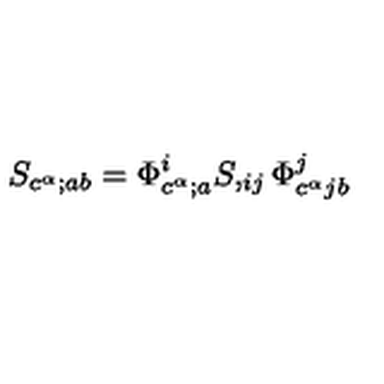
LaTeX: S _ { c ^ { \alpha } ; a b } = \Phi _ { c ^ { \alpha } ; a } ^ { i } S , _ { i j } \Phi _ { c ^ { \alpha } j b } ^ { j }